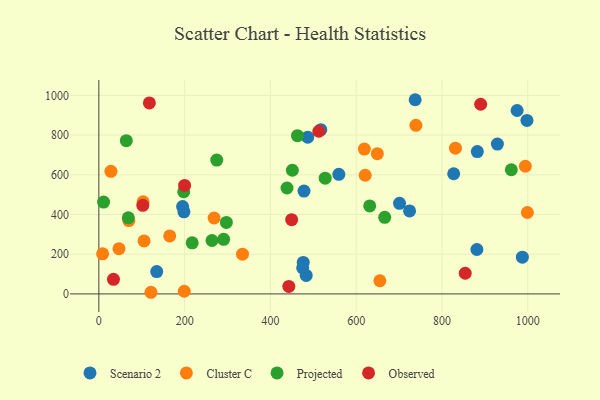
{"axis": {"x": "Distance", "y": "Rating"}, "legend": ["Cluster C", "Observed", "Projected", "Scenario 2"], "data": [{"x": "737.5", "y": 978.1, "type": "Scenario 2"}, {"x": "701.0", "y": 456.2, "type": "Scenario 2"}, {"x": "487.0", "y": 789.7, "type": "Scenario 2"}, {"x": "929.2", "y": 754.6, "type": "Scenario 2"}, {"x": "475.2", "y": 131.2, "type": "Scenario 2"}, {"x": "881.4", "y": 223.8, "type": "Scenario 2"}, {"x": "559.5", "y": 602.2, "type": "Scenario 2"}, {"x": "198.4", "y": 413.4, "type": "Scenario 2"}, {"x": "987.4", "y": 184.9, "type": "Scenario 2"}, {"x": "998.1", "y": 873.6, "type": "Scenario 2"}, {"x": "134.9", "y": 112.6, "type": "Scenario 2"}, {"x": "195.3", "y": 440.0, "type": "Scenario 2"}, {"x": "975.2", "y": 923.9, "type": "Scenario 2"}, {"x": "478.3", "y": 517.9, "type": "Scenario 2"}, {"x": "483.4", "y": 93.0, "type": "Scenario 2"}, {"x": "476.5", "y": 158.6, "type": "Scenario 2"}, {"x": "827.3", "y": 605.3, "type": "Scenario 2"}, {"x": "724.4", "y": 417.8, "type": "Scenario 2"}, {"x": "517.5", "y": 827.2, "type": "Scenario 2"}, {"x": "882.4", "y": 716.9, "type": "Scenario 2"}, {"x": "268.7", "y": 382.5, "type": "Cluster C"}, {"x": "334.9", "y": 200.3, "type": "Cluster C"}, {"x": "831.4", "y": 734.0, "type": "Cluster C"}, {"x": "619.0", "y": 729.5, "type": "Cluster C"}, {"x": "649.3", "y": 706.6, "type": "Cluster C"}, {"x": "199.1", "y": 13.4, "type": "Cluster C"}, {"x": "103.1", "y": 464.1, "type": "Cluster C"}, {"x": "999.1", "y": 410.0, "type": "Cluster C"}, {"x": "105.4", "y": 266.9, "type": "Cluster C"}, {"x": "621.0", "y": 597.6, "type": "Cluster C"}, {"x": "655.2", "y": 66.3, "type": "Cluster C"}, {"x": "46.9", "y": 227.7, "type": "Cluster C"}, {"x": "8.8", "y": 202.1, "type": "Cluster C"}, {"x": "28.1", "y": 617.5, "type": "Cluster C"}, {"x": "739.2", "y": 849.2, "type": "Cluster C"}, {"x": "165.2", "y": 292.0, "type": "Cluster C"}, {"x": "994.4", "y": 643.1, "type": "Cluster C"}, {"x": "121.5", "y": 8.3, "type": "Cluster C"}, {"x": "69.9", "y": 369.3, "type": "Cluster C"}, {"x": "11.0", "y": 462.5, "type": "Projected"}, {"x": "68.7", "y": 383.2, "type": "Projected"}, {"x": "961.7", "y": 625.3, "type": "Projected"}, {"x": "274.9", "y": 674.3, "type": "Projected"}, {"x": "438.7", "y": 533.6, "type": "Projected"}, {"x": "297.3", "y": 360.2, "type": "Projected"}, {"x": "197.9", "y": 514.5, "type": "Projected"}, {"x": "527.7", "y": 583.0, "type": "Projected"}, {"x": "463.0", "y": 797.0, "type": "Projected"}, {"x": "666.5", "y": 385.6, "type": "Projected"}, {"x": "290.9", "y": 275.1, "type": "Projected"}, {"x": "217.6", "y": 257.5, "type": "Projected"}, {"x": "451.2", "y": 622.8, "type": "Projected"}, {"x": "263.8", "y": 269.0, "type": "Projected"}, {"x": "64.0", "y": 772.0, "type": "Projected"}, {"x": "631.5", "y": 443.1, "type": "Projected"}, {"x": "890.2", "y": 955.4, "type": "Observed"}, {"x": "199.9", "y": 546.6, "type": "Observed"}, {"x": "449.5", "y": 374.1, "type": "Observed"}, {"x": "34.1", "y": 73.5, "type": "Observed"}, {"x": "442.9", "y": 37.7, "type": "Observed"}, {"x": "512.9", "y": 819.2, "type": "Observed"}, {"x": "854.2", "y": 104.2, "type": "Observed"}, {"x": "102.5", "y": 446.2, "type": "Observed"}, {"x": "117.8", "y": 961.9, "type": "Observed"}]}